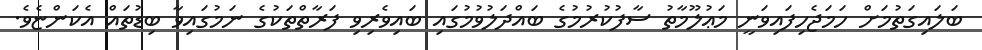
ބަލައިގަތުމަށް ހަމަޖެހިފައިވަނީ މަޢުލޫމާތު ސާފުކުރުމުގެ ބައްދަލުވުމުގައި ބައިވެރިވި ފަރާތްތަކުގެ ނަމުގައިވާ ބިޑުތައް އެކަންޏެވެ.